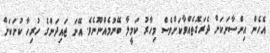
އެހެން އިންސާނަކަށް ދެރަގޮތެއްވާކަށްވެސް މިހާރު ކަމީލާ ބޭނުމެއްނޫނެވެ. އޭނަ ޖައިދަންގެ ހުރިހާ ކުށަކަށް